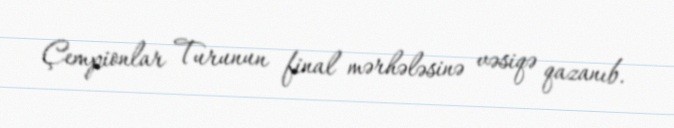
Çempionlar Turunun final mərhələsinə vəsiqə qazanıb.